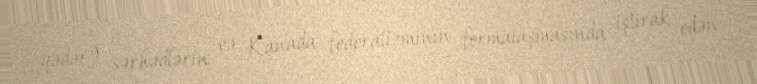
qədər) sərhədlərin və Kanada federalizminin formalaşmasında iştirak edən